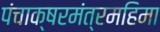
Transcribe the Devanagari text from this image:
पंचाक्षरमंत्रमहिमा